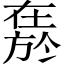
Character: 𱗬